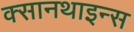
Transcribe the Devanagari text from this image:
क्सानथाइन्स